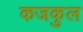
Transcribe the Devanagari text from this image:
कजकुल